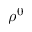
\rho ^ { 0 }